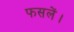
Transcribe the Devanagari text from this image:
फसलें।